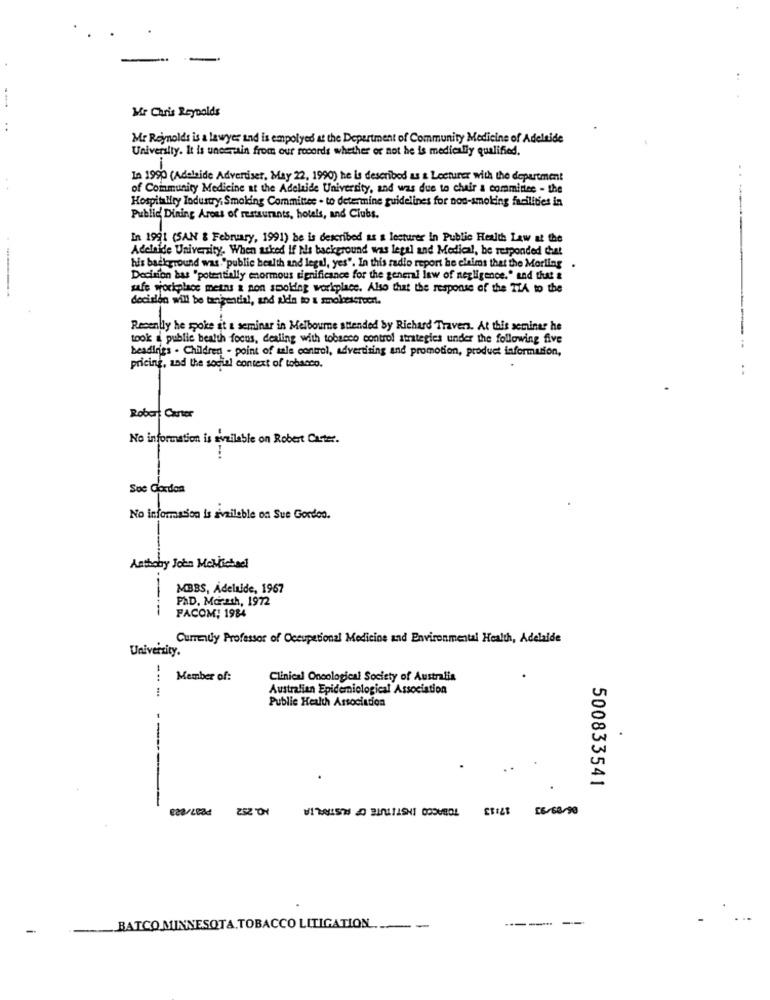
Mr Chris Reynolds
:
Mr Rejmolds is a lawyer and is empolyed at the Department of Community Medicine of Adelaide
University. It is uncertain from our records whether or not he is medically qualified.
-
In 1990 (Adelaide Advertiser, May 22, 1990) he is described as & Lecturer with the department
..
of Community Medicine at the Adelaide University, and was due to chair a committee - the
Hospitality Industry, Smoking Committee - to determine guidelines for non-smoking facilities in
Public' Dining Areas of restaurants, hotels, and Clubs.
In 1991 (SAN & February, 1991) be is described as a lecturer in Public Health Law at the
Adelaide University, When asked If his background was legal and Medical, he responded chat
his background was ."public health and legal, yes". In this radio report he claims that the Morling .
Decision bas "potentially enormous significance for the general law of negligence." and that a
safe workplace meins a non smoking workplace. Also that the response of the TA to the
decisión will be tarigential, and aldin to a smokescreen.
Recently he spoke at a seminar in Melbourne attended by Richard Travers. At this seminar he
took a public health focus, dealing with tobacco control strategies under the following five
beadirigs . Children - point of sale control, advertising and promotion, product information,
pricing, and the social context of tobacco.
Robert Carter
No information is available on Robert Carter.
Soc Gordon
No information is available on Sue Gordon.
Anthoby John McMichael
MBBS, Adelaide, 1967
PAD, Marash, 1972
---
FACOM: 1984
Cummuy Professor of Occupational Medicine and Environmental Health, Adelaide
University.
Member of:
Clinical Oncological Society of Australia
Australian Epidemiological Association
Public Health Association
500833541
TOBACCO INSTITUTE OF AUSTRALIA
EBEL: 26/68/90
BARCO MINNESOTA, TOBACCO LITIGATION ...